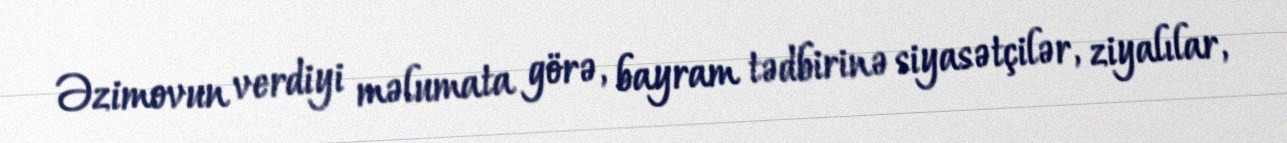
Əzimovun verdiyi məlumata görə, bayram tədbirinə siyasətçilər, ziyalılar,